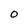
Character: O